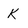
Character: K